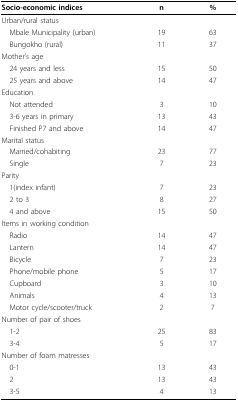
| Socio-economic indices | n | % |
 | --- | --- | --- |
 | <COLSPAN=3> Urban/rural status |
 | Mbale Municipality (urban) | 19 | 63 |
 | Bungokho (rural) | 11 | 37 |
 | <COLSPAN=3> Mother's age |
 | 24 years and less | 15 | 50 |
 | 25 years and above | 14 | 47 |
 | <COLSPAN=3> Education |
 | Not attended | 3 | 10 |
 | 3-6 years in primary | 13 | 43 |
 | Finished P7 and above | 14 | 47 |
 | <COLSPAN=3> Marital status |
 | Married/cohabiting | 23 | 77 |
 | Single | 7 | 23 |
 | <COLSPAN=3> Parity |
 | 1(index infant) | 7 | 23 |
 | 2 to 3 | 8 | 27 |
 | 4 and above | 15 | 50 |
 | <COLSPAN=3> Items in working condition |
 | Radio | 14 | 47 |
 | Lantern | 14 | 47 |
 | Bicycle | 7 | 23 |
 | Phone/mobile phone | 5 | 17 |
 | Cupboard | 3 | 10 |
 | Animals | 4 | 13 |
 | Motor cycle/scooter/truck | 2 | 7 |
 | <COLSPAN=3> Number of pair of shoes |
 | 1-2 | 25 | 83 |
 | 3-4 | 5 | 17 |
 | <COLSPAN=3> Number of foam matresses |
 | 0-1 | 13 | 43 |
 | 2 | 13 | 43 |
 | 3-5 | 4 | 13 |